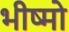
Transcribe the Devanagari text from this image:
भीष्मो